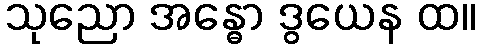
သုညော အန္ဓော ဒွယေန ထ။